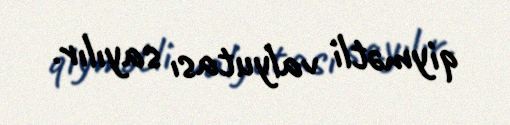
qiymətli valyutası sayılır.